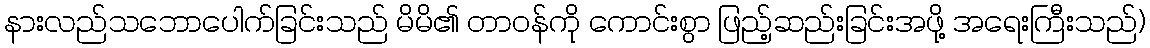
နားလည်သဘောပေါက်ခြင်းသည် မိမိ၏ တာဝန်ကို ကောင်းစွာ ဖြည့်ဆည်းခြင်းအဖို့ အရေးကြီးသည်)